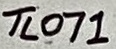
Text: TL071